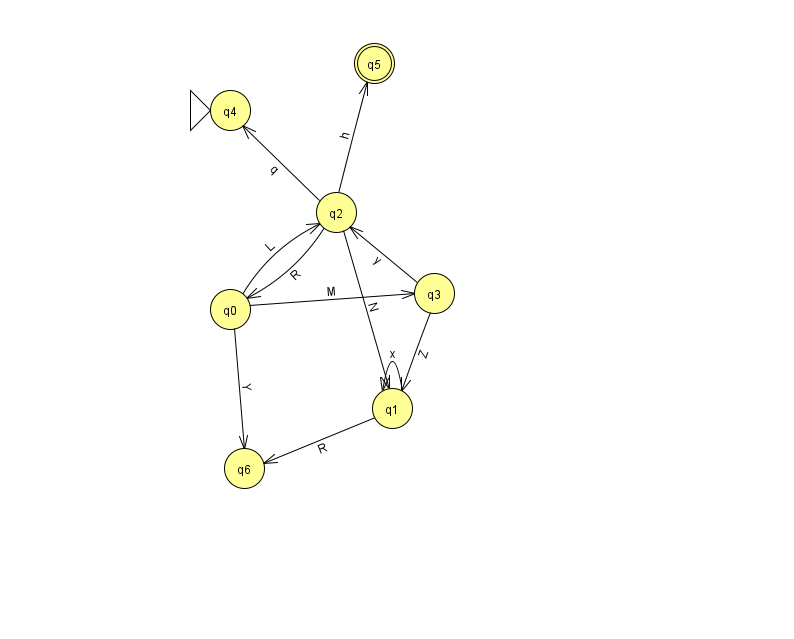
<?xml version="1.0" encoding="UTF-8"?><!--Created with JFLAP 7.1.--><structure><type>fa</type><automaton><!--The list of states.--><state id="0" name="q0"><x>230.0</x><y>296.0</y></state><state id="1" name="q1"><x>392.0</x><y>395.0</y></state><state id="2" name="q2"><x>336.0</x><y>199.0</y></state><state id="3" name="q3"><x>434.0</x><y>280.0</y></state><state id="4" name="q4"><x>230.0</x><y>97.0</y><initial/></state><state id="5" name="q5"><x>374.0</x><y>50.0</y><final/></state><state id="6" name="q6"><x>244.0</x><y>455.0</y></state><!--The list of transitions.--><transition><from>0</from><to>6</to><read>Y</read></transition><transition><from>2</from><to>4</to><read>q</read></transition><transition><from>0</from><to>2</to><read>L</read></transition><transition><from>2</from><to>1</to><read>N</read></transition><transition><from>3</from><to>2</to><read>y</read></transition><transition><from>0</from><to>3</to><read>M</read></transition><transition><from>1</from><to>1</to><read>x</read></transition><transition><from>1</from><to>6</to><read>R</read></transition><transition><from>2</from><to>0</to><read>R</read></transition><transition><from>2</from><to>5</to><read>h</read></transition><transition><from>3</from><to>1</to><read>Z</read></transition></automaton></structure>